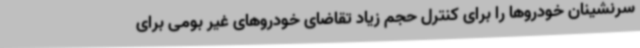
سرنشینان خودروها را برای کنترل حجم زیاد تقاضای خودروهای غیر بومی برای